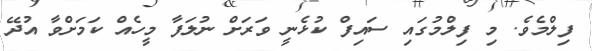
ފިލްމެވެ. މި ފިލްމުގައި ސައިފް ކުޅެނީ ވަރަށް ނުލަފާ މީހެއް ކަމަށްވާ އުދޭ